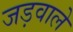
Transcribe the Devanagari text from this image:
जड़वाले